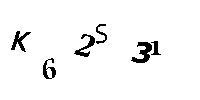
K62S31